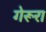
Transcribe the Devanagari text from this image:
गेरूरा